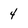
Character: 4